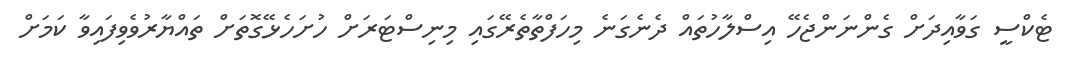
ޓެކްސީ ގަވާއިދަށް ގެންނަންޖެހޭ އިސްލާހުތައް ދެނެގަނެ މިހަފްތާތެރޭގައި މިނިސްޓަރަށް ހުށަހެޅޭގޮތަށް ތައްޔާރުވެވިފައިވާ ކަމަށް